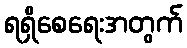
ရရှိစေရေးအတွက်